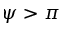
\psi > \pi